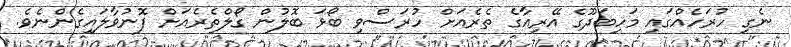
ނެގި ހުރަހެއްގައި މަހިބަދޫގެ އޭރިއާގެ ތެރެއަށް ހުރަސްވި ބޯޅަ ބޮލުން ގޯލްތެރެއަށް ފޮނުވާލައިގެންނެވެ.